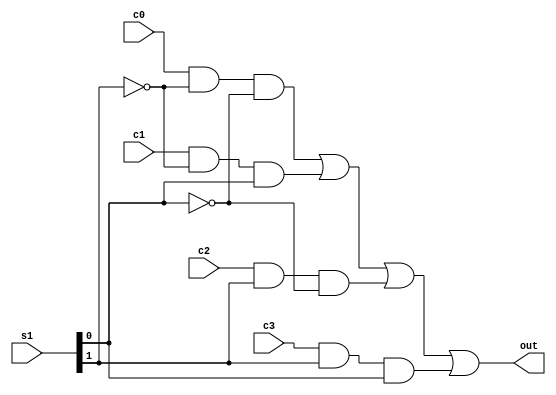
module mux1 (out,c0,c1,c2,c3,s1);
		input c0,c1,c2,c3;
		input [1:0] s1;
		
		output out;
		
		wire s0n,s1n;
		wire w1,w2,w3,w4;
		
		not n1(s0n,s1[0]);
		not n2(s1n,s1[1]);
		
		and and1(w1,c0,s1n,s0n);
		and and2(w2,c1,s1n,s1[0]);
		and and3(w3,c2,s1[1],s0n);
		and and4(w4,c3,s1[1],s1[0]);
		
		or or1(out,w1,w2,w3,w4);
		

endmodule